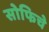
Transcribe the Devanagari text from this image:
सोफिचे